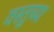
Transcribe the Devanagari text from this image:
वस्तुच्या